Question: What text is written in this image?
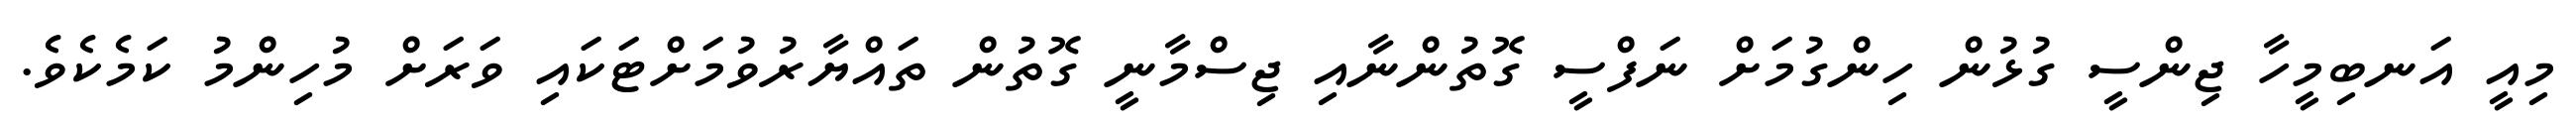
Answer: މިއީ އަނބިމީހާ ޖިންސީ ގުޅުން ހިންގުމަށް ނަފްސީ ގޮތުންނާއި ޖިސްމާނީ ގޮތުން ތައްޔާރުވުމަށްޓަކައި ވަރަށް މުހިންމު ކަމެކެވެ.